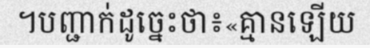
។បញ្ជាក់ដូច្នេះថា៖«គ្មានឡើយ